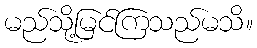
မည်သို့မြင်ကြသည်မသိ။